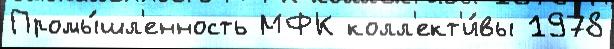
Промы́шл'енность МФК колл'ект'и́вы 1978